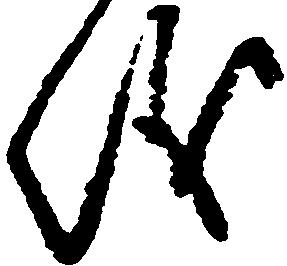
儀